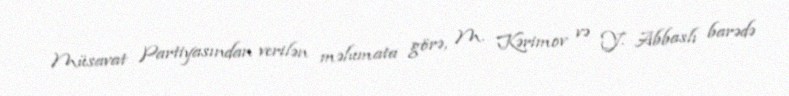
Müsavat Partiyasından verilən məlumata görə, M. Kərimov və Y. Abbaslı barədə